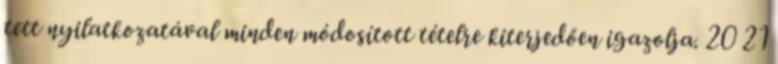
tett nyilatkozatával minden módosított tételre kiterjedően igazolja. 20 21